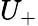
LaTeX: U_{+}